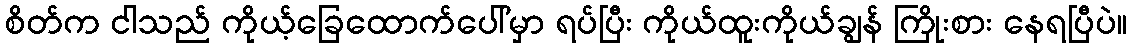
စိတ်က ငါသည် ကိုယ့်ခြေထောက်ပေါ်မှာ ရပ်ပြီး ကိုယ်ထူးကိုယ်ချွန် ကြိုးစား နေရပြီပဲ။